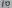
Text: 10